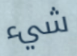
شيء